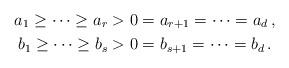
LaTeX: \begin{align*}a_1\ge\dots\ge a_r&>0=a_{r+1}=\dots=a_d \,, \\b_1\ge\dots\ge b_s&>0=b_{s+1}=\dots=b_d \,.\end{align*}